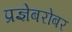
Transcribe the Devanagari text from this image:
प्रज्ञेबरोबर